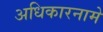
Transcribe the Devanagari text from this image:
अधिकारनामे